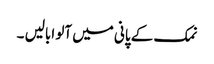
نمک کے پانی میں آلو ابالیں ۔